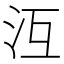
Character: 沍